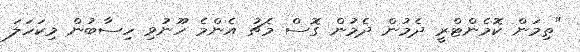
"ތިމަން ކޮމެންޓްރީ ދެމުން ދެމުން ގޮސް މެޗު އެންމެ ހޫނުވި ހިސާބުން މިކަހަލަ